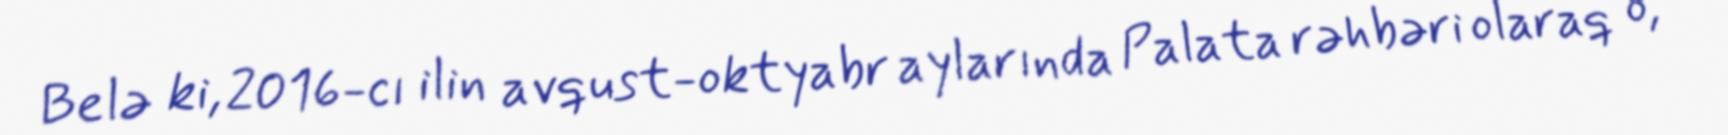
Belə ki, 2016-cı ilin avqust-oktyabr aylarında Palata rəhbəri olaraq o,